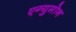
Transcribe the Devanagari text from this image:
एग्युमोन